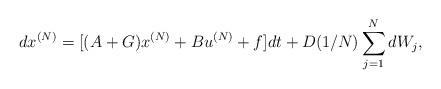
LaTeX: \begin{align*}dx^{(N)}=[ (A+G)x^{(N)} + B u^{(N)} +f]dt + D (1/N) \sum_{j=1}^N dW_j, \end{align*}